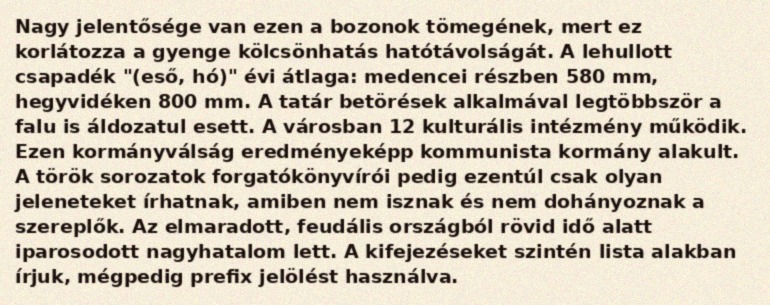
Nagy jelentősége van ezen a bozonok tömegének, mert ez korlátozza a gyenge kölcsönhatás hatótávolságát. A lehullott csapadék "(eső, hó)" évi átlaga: medencei részben 580 mm, hegyvidéken 800 mm. A tatár betörések alkalmával legtöbbször a falu is áldozatul esett. A városban 12 kulturális intézmény működik. Ezen kormányválság eredményeképp kommunista kormány alakult. A török sorozatok forgatókönyvírói pedig ezentúl csak olyan jeleneteket írhatnak, amiben nem isznak és nem dohányoznak a szereplők. Az elmaradott, feudális országból rövid idő alatt iparosodott nagyhatalom lett. A kifejezéseket szintén lista alakban írjuk, mégpedig prefix jelölést használva.